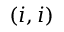
( i , i )